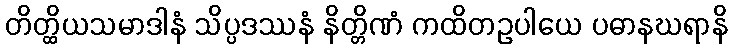
တိတ္ထိယသမာဒါနံ သိပ္ပဒဿနံ နိတ္တိဏံ ကထိတဥပါယေ ပဓာနဃရာနိ